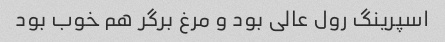
اسپرینگ رول عالی بود و مرغ بر‌گر هم خوب بود